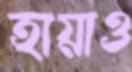
হায়াও